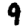
Digit: 9